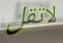
لاتقل